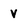
Character: v